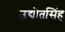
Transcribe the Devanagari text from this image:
उद्योतसिंह